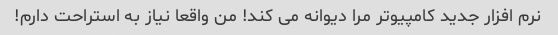
نرم افزار جدید کامپیوتر مرا دیوانه می کند! من واقعا نیاز به استراحت دارم!